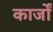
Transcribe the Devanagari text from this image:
कार्जों